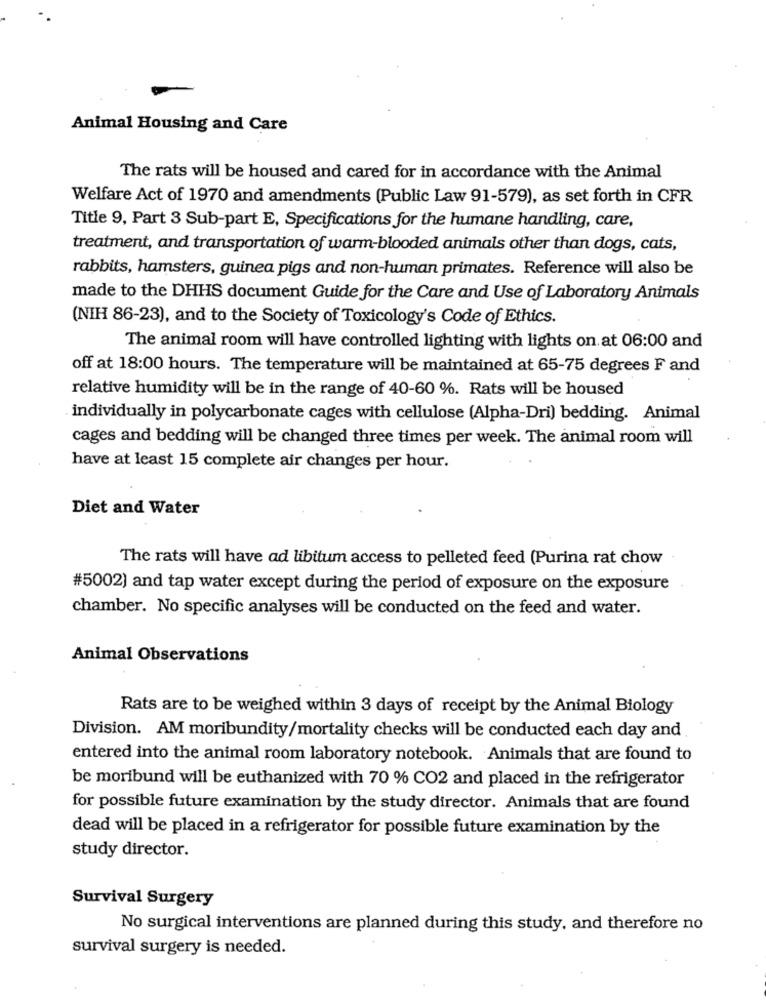
Animal Housing and Care
The rats will be housed and cared for in accordance with the Animal
Welfare Act of 1970 and amendments (Public Law 91-579), as set forth in CFR
Title 9, Part 3 Sub-part E, Specifications for the humane handling, care,
treatment, and transportation of warm-blooded animals other than dogs, cats,
rabbits, hamsters, guinea pigs and non-human primates. Reference will also be
made to the DHHS document Guide for the Care and Use of Laboratory Animals
(NIH 86-23), and to the Society of Toxicology's Code of Ethics.
The animal room will have controlled lighting with lights on at 06:00 and
off at 18:00 hours. The temperature will be maintained at 65-75 degrees F and
relative humidity will be in the range of 40-60 %. Rats will be housed
individually in polycarbonate cages with cellulose (Alpha-Dri) bedding. Animal
cages and bedding will be changed three times per week. The animal room will
have at least 15 complete air changes per hour.
Diet and Water
The rats will have ad libitum access to pelleted feed (Purina rat chow
#5002) and tap water except during the period of exposure on the exposure
chamber. No specific analyses will be conducted on the feed and water.
Animal Observations
Rats are to be weighed within 3 days of receipt by the Animal Biology
Division. AM moribundity/mortality checks will be conducted each day and
entered into the animal room laboratory notebook. Animals that are found to
be moribund will be euthanized with 70 % CO2 and placed in the refrigerator
for possible future examination by the study director. Animals that are found
dead will be placed in a refrigerator for possible future examination by the
study director.
Survival Surgery
No surgical interventions are planned during this study, and therefore no
survival surgery is needed.